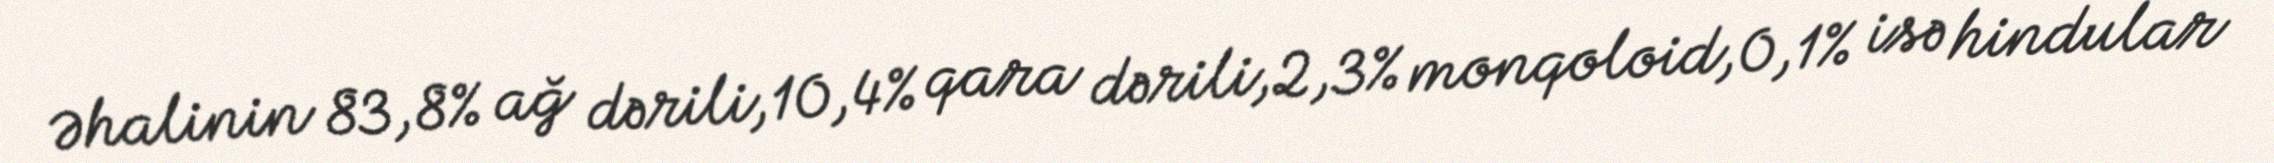
Əhalinin 83,8% ağ dərili,10,4% qara dərili,2,3% monqoloid,0,1% isə hindular